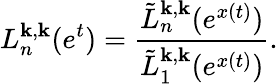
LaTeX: L_{n}^{\mathbf{k},\mathbf{k}}(e^{t})=\frac{{\tilde{{L}}_{n}^{\mathbf{k},\mathbf{k}}(e^{x(t)})}}{{\tilde{{L}}_{1}^{\mathbf{k},\mathbf{k}}(e^{x(t)})}}.